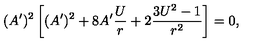
( A ^ { \prime } ) ^ { 2 } \left[ ( A ^ { \prime } ) ^ { 2 } + 8 A ^ { \prime } { \frac { U } { r } } + 2 { \frac { 3 U ^ { 2 } - 1 } { r ^ { 2 } } } \right] = 0 ,